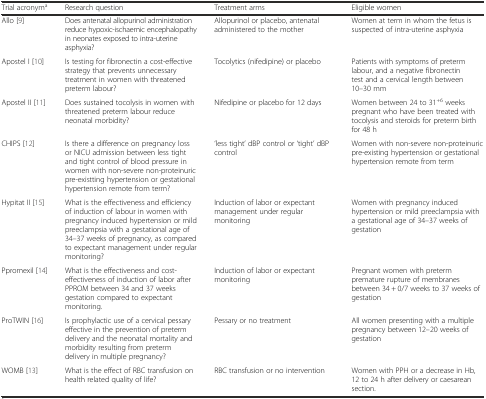
<table><thead><tr><td><b>Trial acronym<sup>a</sup></b></td><td><b>Research question</b></td><td><b>Treatment arms</b></td><td><b>Eligible women</b></td></tr></thead><tbody><tr><td>Allo [9]</td><td>Does antenatal allopurinol administration reduce hypoxic-ischaemic encephalopathy in neonates exposed to intra-uterine asphyxia?</td><td>Allopurinol or placebo, antenatal administered to the mother</td><td>Women at term in whom the fetus is suspected of intra-uterine asphyxia</td></tr><tr><td>Apostel I [10]</td><td>Is testing for fibronectin a cost-effective strategy that prevents unnecessary treatment in women with threatened preterm labour?</td><td>Tocolytics (nifedipine) or placebo</td><td>Patients with symptoms of preterm labour, and a negative fibronectin test and a cervical length between 10–30 mm</td></tr><tr><td>Apostel II [11]</td><td>Does sustained tocolysis in women with threatened preterm labour reduce neonatal morbidity?</td><td>Nifedipine or placebo for 12 days</td><td>Women between 24 to 31<sup>+6</sup> weeks pregnant who have been treated with tocolysis and steroids for preterm birth for 48 h</td></tr><tr><td>CHIPS [12]</td><td>Is there a difference on pregnancy loss or NICU admission between less tight and tight control of blood pressure in women with non-severe non-proteinuric pre-existting hypertension or gestational hypertension remote from term?</td><td>‘less tight’ dBP control or ‘tight’ dBP control</td><td>Women with non-severe non-proteinuric pre-existing hypertension or gestational hypertension remote from term</td></tr><tr><td>Hypitat II [15]</td><td>What is the effectiveness and efficiency of induction of labour in women with pregnancy induced hypertension or mild preeclampsia with a gestational age of 34–37 weeks of pregnancy, as compared to expectant management under regular monitoring?</td><td>Induction of labor or expectant management under regular monitoring</td><td>Women with pregnancy induced hypertension or mild preeclampsia with a gestational age of 34–37 weeks of gestation</td></tr><tr><td>Ppromexil [14]</td><td>What is the effectiveness and cost-effectiveness of induction of labor after PPROM between 34 and 37 weeks gestation compared to expectant monitoring.</td><td>Induction of labor or expectant monitoring</td><td>Pregnant women with preterm premature rupture of membranes between 34 + 0/7 weeks to 37 weeks of gestation</td></tr><tr><td>ProTWIN [16]</td><td>Is prophylactic use of a cervical pessary effective in the prevention of preterm delivery and the neonatal mortality and morbidity resulting from preterm delivery in multiple pregnancy?</td><td>Pessary or no treatment</td><td>All women presenting with a multiple pregnancy between 12–20 weeks of gestation</td></tr><tr><td>WOMB [13]</td><td>What is the effect of RBC transfusion on health related quality of life?</td><td>RBC transfusion or no intervention</td><td>Women with PPH or a decrease in Hb, 12 to 24 h after delivery or caesarean section.</td></tr></tbody></table>